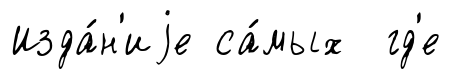
Изда́н'иjе са́мых гд'е